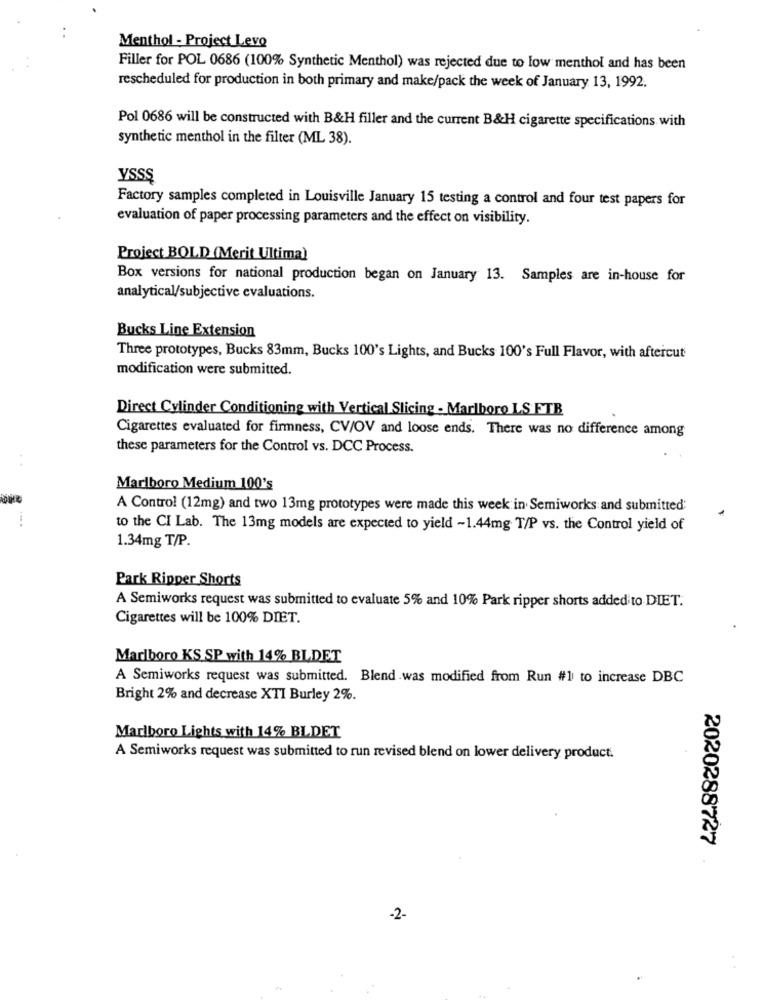
Menthol - Project Levo
Filler for POL 0686 (100% Synthetic Menthol) was rejected due to low menthol and has been
rescheduled for production in both primary and make/pack the week of January 13, 1992.
Pol 0686 will be constructed with B&H filler and the current B&H cigarette specifications with
synthetic menthol in the filter (ML 38).
YSS.Ş
Factory samples completed in Louisville January 15 testing a control and four test papers for
evaluation of paper processing parameters and the effect on visibility.
Project BOLD (Merit Ultima)
Box versions for national production began on January 13. Samples are in-house for
analytical/subjective evaluations.
Bucks Line Extension
Three prototypes, Bucks 83mm, Bucks 100's Lights, and Bucks 100's Full Flavor, with aftercut
modification were submitted.
Direct Cylinder Conditioning with Vertical Slicing - Marlboro LS FTB
Cigarettes evaluated for firmness, CV/OV and loose ends. There was no difference among
these parameters for the Control vs. DCC Process.
..
Marlboro Medium 100's
A Control (12mg) and two 13mg prototypes were made this week in Semiworks and submitted
to the CI Lab. The 13mg models are expected to yield -1.44mg T/P vs. the Control yield of
1.34mg T/P.
Park Ripper Shorts
A Semiworks request was submitted to evaluate 5% and 10% Park ripper shorts added to DIET.
Cigarettes will be 100% DIET.
Marlboro KS SP with 14% BLDET
A Semiworks request was submitted. Blend was modified from Run #1 to increase DBC
Bright 2% and decrease XTI Burley 2%.
Marlboro Lights with 14% BLDET
A Semiworks request was submitted to run revised blend on lower delivery product.
2020288727
-2-